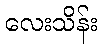
လေးသိန်း